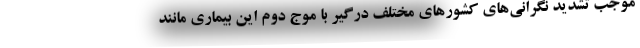
موجب تشدید نگرانی‌های کشورهای مختلفِ درگیر با موج دوم این بیماری مانند